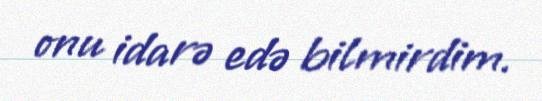
onu idarə edə bilmirdim.